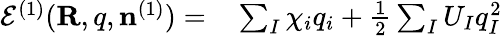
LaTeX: \begin{array}{rl}{{\cal E}^{(1)}({\mathbf R,q},{\mathbf n}^{(1)})=}&{{}\sum_{I}\chi_{i}q_{i}+\frac{1}{2}\sum_{I}U_{I}q_{I}^{2}}\end{array}